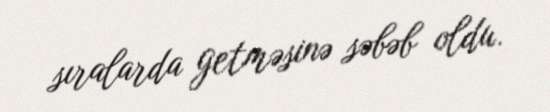
sıralarda getməsinə səbəb oldu.